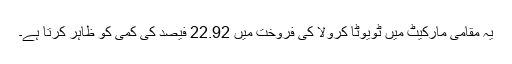
یہ مقامی مارکیٹ میں ٹویوٹا کرولا کی فروخت میں 22.92 فیصد کی کمی کو ظاہر کرتا ہے۔